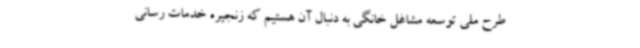
طرح ملی توسعه مشاغل خانگی به دنبال آن هستیم که زنجیره خدمات رسانی